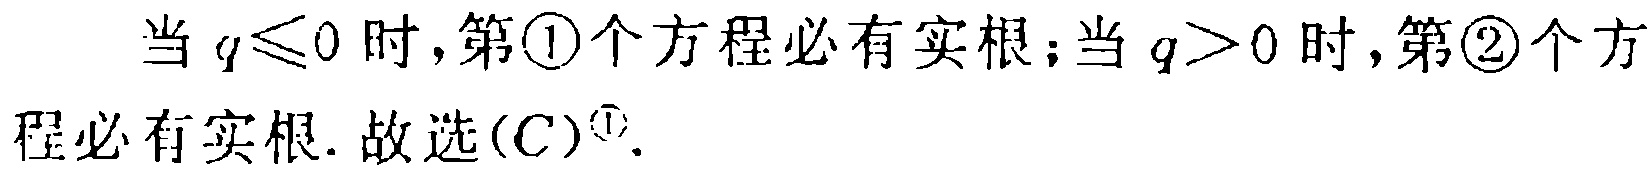
当 \(q\leqslant0\) 时，第\textcircled{1}个方程必有实根；当 \(q > 0\) 时，第\textcircled{2}个方程必有实根. 故选\((C)^{\textcircled{1}}\).